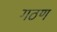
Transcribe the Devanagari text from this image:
गठण